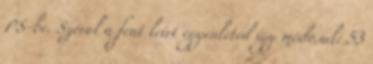
PS-be. Szóval a fent leírt egyenleted így módosul: 53